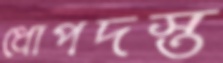
ধোপদস্ত